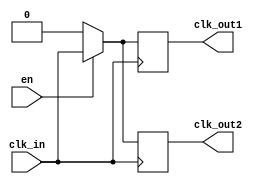
module basic_clock_buffer (
    input wire clk_in,        // Clock Input
    input wire en,           // Enable Signal
    output reg clk_out1,     // Clock Output 1
    output reg clk_out2      // Clock Output 2
    // Additional clk_out can be added as needed
);

    // Parameter for clock propagation delay (in simulation)
    parameter CLK_DELAY = 2; // Example delay in simulation cycles

    // Always block to handle clock output depending on the enable signal
    always @(posedge clk_in) begin
        if (en) begin
            // Assign clk_out to clk_in with a delay
            #CLK_DELAY clk_out1 <= clk_in; // Drive the first output
            #CLK_DELAY clk_out2 <= clk_in; // Drive the second output
        end else begin
            // If disabled, hold the output low (or could be tri-state if required)
            clk_out1 <= 1'b0;
            clk_out2 <= 1'b0;
        end
    end

endmodule